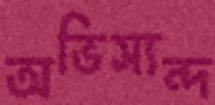
অভিস্যন্দ